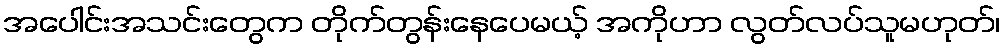
အပေါင်းအသင်းတွေက တိုက်တွန်းနေပေမယ့် အကိုဟာ လွတ်လပ်သူမဟုတ်၊